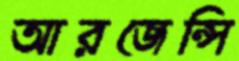
আরজেন্সি